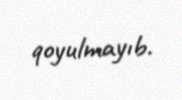
qoyulmayıb.